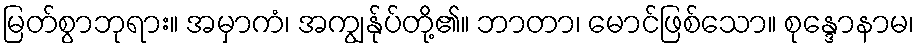
မြတ်စွာဘုရား။ အမှာကံ၊ အကျွန်ုပ်တို့၏။ ဘာတာ၊ မောင်ဖြစ်သော။ စုန္ဒောနာမ၊